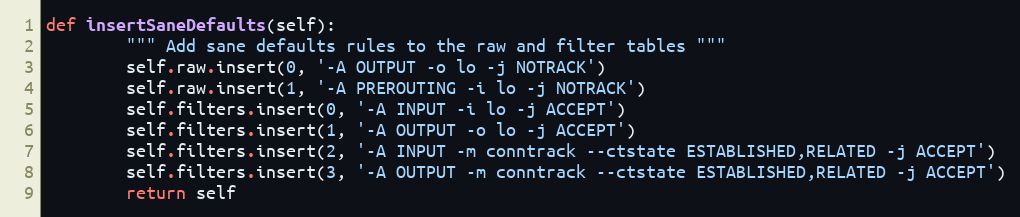
Language: Python
def insertSaneDefaults(self):
		""" Add sane defaults rules to the raw and filter tables """
		self.raw.insert(0, '-A OUTPUT -o lo -j NOTRACK')
		self.raw.insert(1, '-A PREROUTING -i lo -j NOTRACK')
		self.filters.insert(0, '-A INPUT -i lo -j ACCEPT')
		self.filters.insert(1, '-A OUTPUT -o lo -j ACCEPT')
		self.filters.insert(2, '-A INPUT -m conntrack --ctstate ESTABLISHED,RELATED -j ACCEPT')
		self.filters.insert(3, '-A OUTPUT -m conntrack --ctstate ESTABLISHED,RELATED -j ACCEPT')
		return self